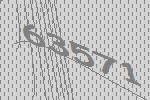
63571